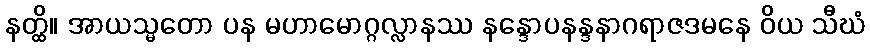
နတ္ထိ။ အာယသ္မတော ပန မဟာမောဂ္ဂလ္လာနဿ နန္ဒောပနန္ဒနာဂရာဇဒမနေ ဝိယ သီဃံ